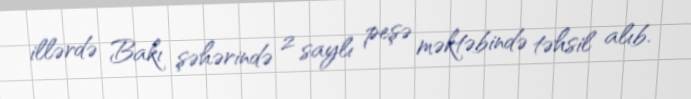
illərdə Bakı şəhərində 2 saylı peşə məktəbində təhsil alıb.